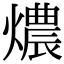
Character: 燶